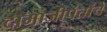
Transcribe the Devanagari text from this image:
दामाजीपंतांचे